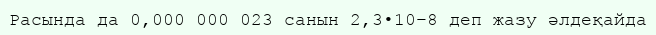
Расында да 0,000 000 023 санын 2,3•10−8 деп жазу әлдеқайда